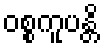
ဝစ္စကူပန္တိ